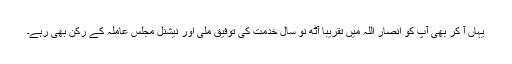
یہاں آ کر بھی آپ کو انصار اللہ میں تقریباً آٹھ نو سال خدمت کی توفیق ملی اور نیشنل مجلس عاملہ کے رکن بھی رہے۔